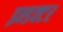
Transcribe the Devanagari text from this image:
इन्डक्टर